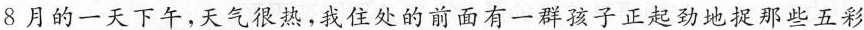
8月的一天下午，天气很热，我住处的前面有一群孩子正起劲地提那些五彩